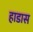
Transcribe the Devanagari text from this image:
हाडास